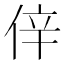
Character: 𠉄